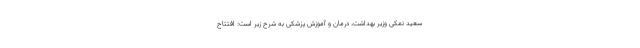
سعید نمکی وزیر بهداشت، درمان و آموزش پزشکی به شرح زیر است: افتتاح